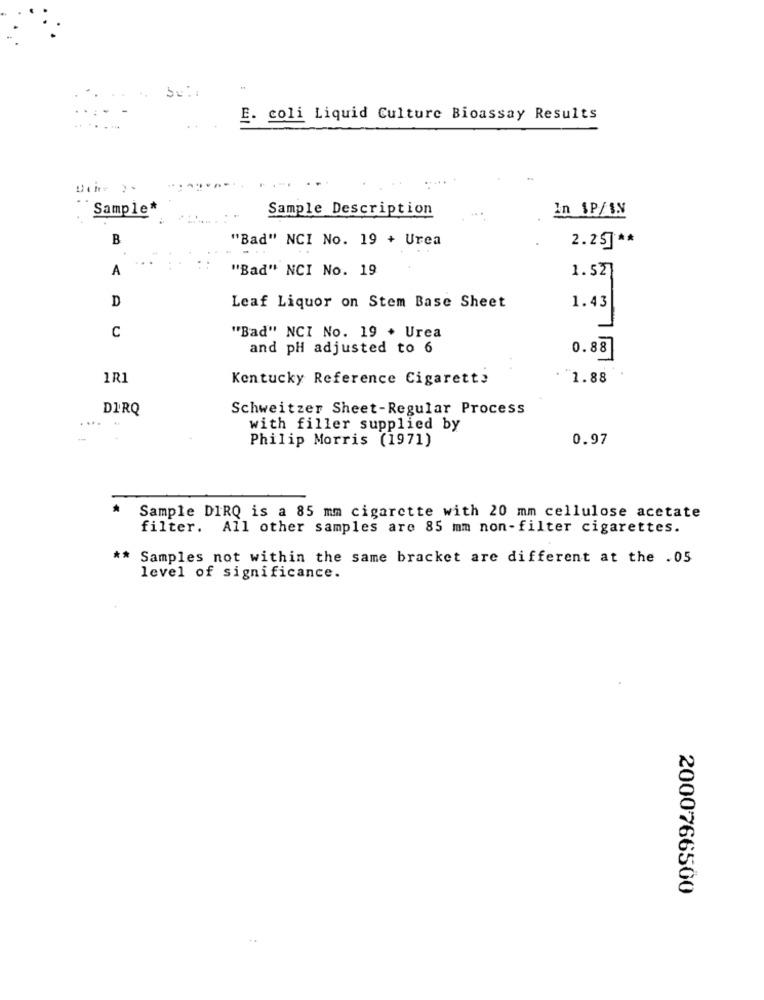
...
. . .
E. coli Liquid Culture Bioassay Results
...
Sample*
Sample Description
In 1P/IN
B
"Bad" NCI No. 19 + Urea
2.25] **
A
"Bad" NCI No. 19
1.52
D
Leaf Liquor on Stem Base Sheet
1.43
C
"Bad" NCI No. 19 + Urea
and pH adjusted to 6
0.88
1R1
Kentucky Reference Cigarette
1.88
DIRQ
Schweitzer Sheet-Regular Process
with filler supplied by
Philip Morris (1971)
0.97
Sample DIRQ is a 85 mm cigarette with 20 mm cellulose acetate
filter. All other samples are 85 mm non-filter cigarettes.
** Samples not within the same bracket are different at the .05
level of significance.
2000766500